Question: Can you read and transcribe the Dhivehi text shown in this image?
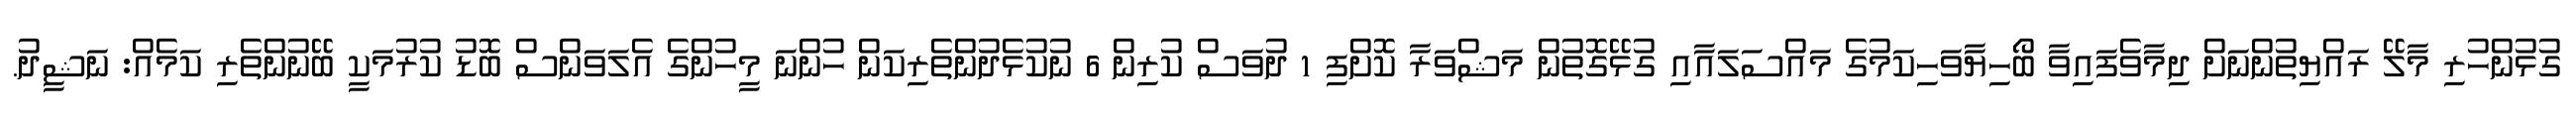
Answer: ގުޅުންހުރި މާލޭ ރައްޔިތުންނަށް ދިމާވެފައިވާ ބޯހިޔާވަހިކަމުގެ މައްސަލައާއި ގުޅޭގޮތުން މަޝްވަރާ ކޮށްފި 1 ދުވަސް ކުރިން 6 ނުކުޅެދުންތެރިކަން ހުންނަ މީހުންގެ އެލަވަންސް ބޮޑު ކުރުމަކީ ބޭނުންތެރި ކަމެއް: ނަޝީދު.